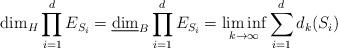
LaTeX: \begin{align*}\dim_H\prod_{i=1}^dE_{S_i}=\underline{\dim}_B\prod_{i=1}^dE_{S_i}=\liminf_{k\rightarrow\infty}\sum_{i=1}^dd_k(S_i)\end{align*}